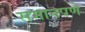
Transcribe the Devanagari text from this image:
समानपणे